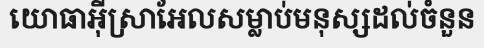
យោធាអ៊ីស្រាអែលសម្លាប់មនុស្សដល់ចំនួន